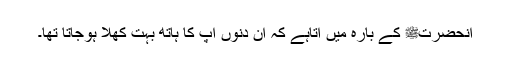
آنحضرتﷺ کے بارہ میں آتاہے کہ ان دنوں آپ کا ہاتھ بہت کھلا ہوجاتا تھا۔